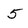
Character: 5